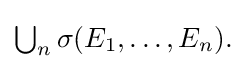
{\textstyle \bigcup _{n}\sigma (E_{1},\ldots ,E_{n}).}